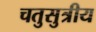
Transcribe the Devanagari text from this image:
चतुसुत्रीय